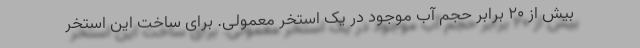
بیش از ۲۰ برابر حجم آب موجود در یک استخر معمولی. برای ساخت این استخر